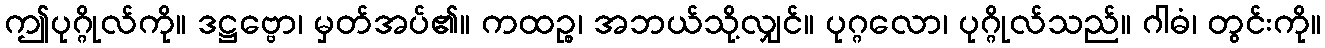
ဤပုဂ္ဂိုလ်ကို။ ဒဋ္ဌဗ္ဗော၊ မှတ်အပ်၏။ ကထဉ္စ၊ အဘယ်သို့လျှင်။ ပုဂ္ဂလော၊ ပုဂ္ဂိုလ်သည်။ ဂါဓံ၊ တွင်းကို။